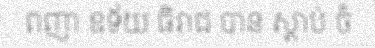
ពញា ឧទ័យ ធិរាជ បាន ស្តាប់ ចំ